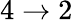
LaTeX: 4\rightarrow 2